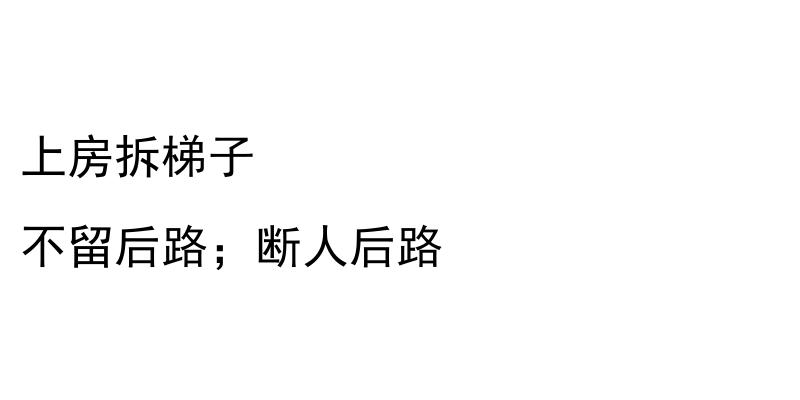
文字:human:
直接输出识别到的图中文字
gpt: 上房拆梯子 不留后路；断人后路